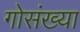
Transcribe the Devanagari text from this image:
गोसंख्या